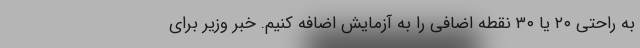
به راحتی ۲۰ یا ۳۰ نقطه اضافی را به آزمایش اضافه کنیم. خبر وزیر برای